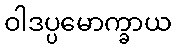
ဝါဒပ္ပမောက္ခာယ